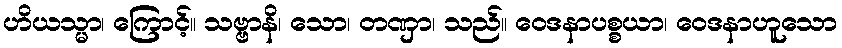
ဟိယသ္မာ၊ ကြောင့်။ သဗ္ဗာနိ၊ သော၊ တဏှာ၊ သည်။ ဝေဒနာပစ္စယာ၊ ဝေဒနာဟူသော